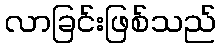
လာခြင်းဖြစ်သည်